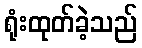
ရုံးထုတ်ခဲ့သည်